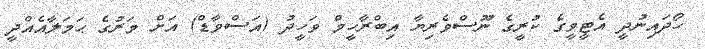
ހޯދައިނުދީ އެޓީވީގެ ކުރީގެ ނޫސްވެރިޔާ އިބްރާހީމް ވަހީދު (އަސްވާޑް) އަށް މަރުގެ ޙަމަލާއެއްދީ